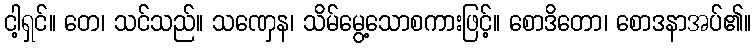
ငါ့ရှင်။ တေ၊ သင်သည်။ သဏှေန၊ သိမ်မွေ့သောစကားဖြင့်။ စောဒိတော၊ စောဒနာအပ်၏။